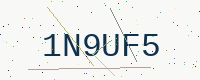
Text: 1N9UF5